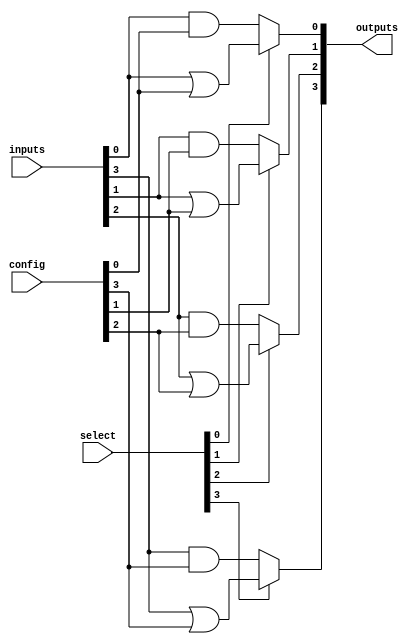
module combinational_logic_block (
    input wire [N-1:0] inputs,        // N input lines
    input wire [M-1:0] select,        // M select lines for multiplexers
    input wire [C-1:0] config,        // Configuration signals for logic gates
    output wire [P-1:0] outputs       // P output lines
);
    parameter N = 8;                  // Number of input lines
    parameter M = 4;                  // Number of select lines for multiplexers
    parameter C = 16;                 // Number of configuration bits for logic gates
    parameter P = 4;                  // Number of output lines

    // Internal signals
    wire [N-1:0] and_out;             // AND gate outputs
    wire [N-1:0] or_out;              // OR gate outputs
    wire [N-1:0] not_out;             // NOT gate outputs
    wire [P-1:0] mux_out;             // MUX outputs

    // Example logic gates based on configuration
    genvar i;
    generate
        for (i = 0; i < N; i = i + 1) begin : logic_gates
            // AND gate example
            assign and_out[i] = inputs[i] & config[i]; // Configurable AND gate
            // OR gate example
            assign or_out[i] = inputs[i] | config[i];  // Configurable OR gate
            // NOT gate example
            assign not_out[i] = ~inputs[i];              // NOT gate
        end
    endgenerate

    // Multiplexer implementation
    generate
        for (i = 0; i < P; i = i + 1) begin : multiplexers
            assign mux_out[i] = (select[i] == 1'b0) ? and_out[i] : or_out[i]; // Simple 2-to-1 MUX
        end
    endgenerate

    // Output assignment
    assign outputs = mux_out;

endmodule